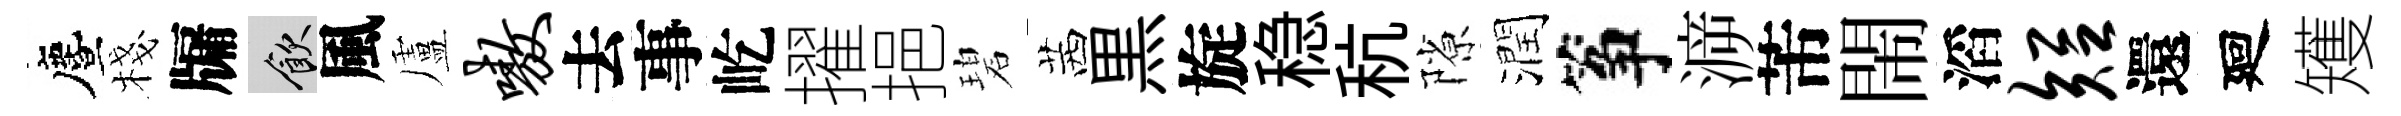
󵨌棧牖飲風盧嗷去事屹擢挹碧茜黒旋稳秔隙潤筝㴑芾閙滔短還廻矱